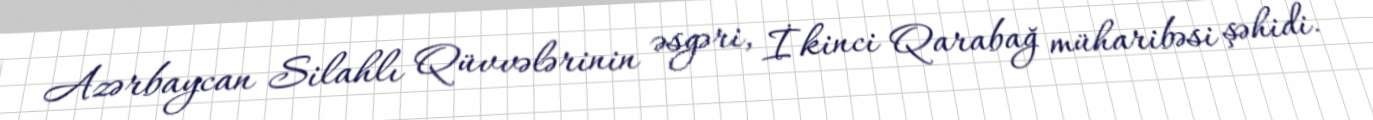
Azərbaycan Silahlı Qüvvələrinin əsgəri, İkinci Qarabağ müharibəsi şəhidi.